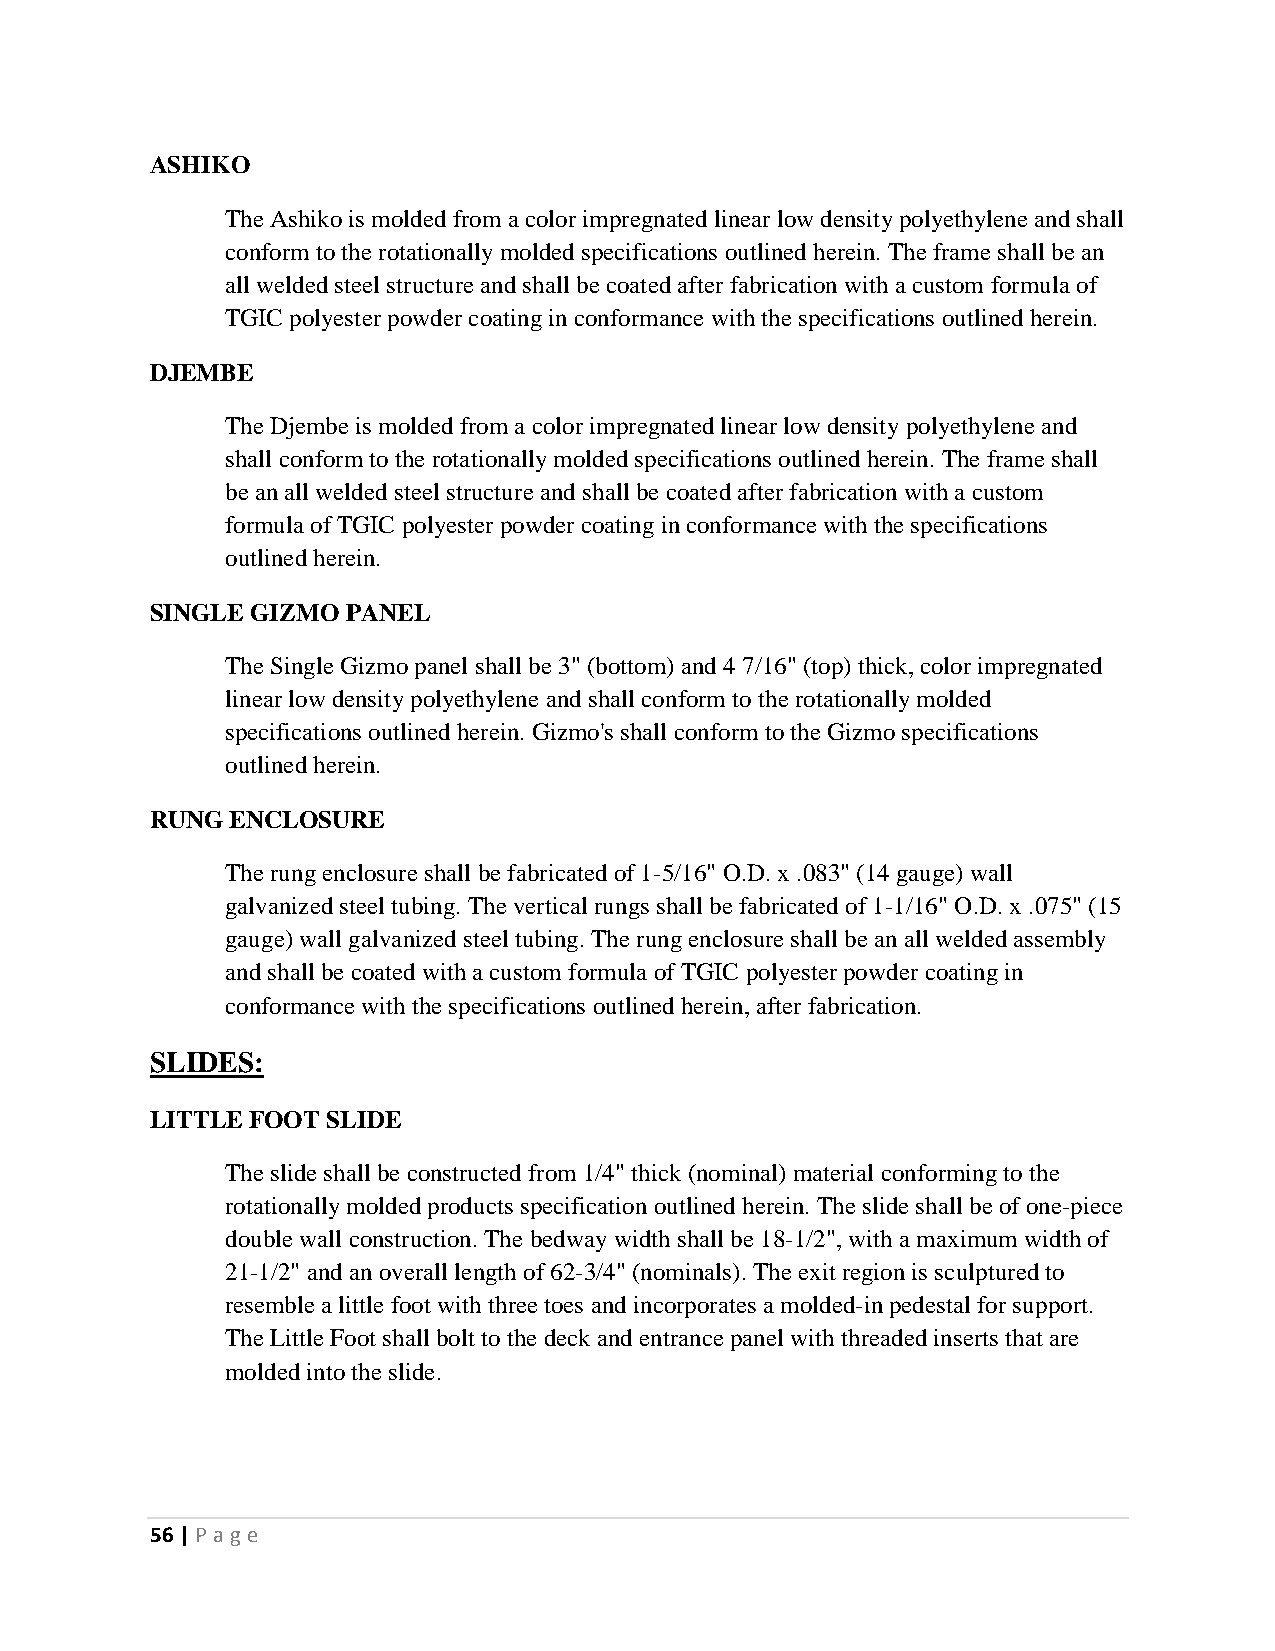
ASHIKO
 The Ashiko is molded from a color impregnated linear low density polyethylene and shall
 conform to the rotationally molded specifications outlined herein. The frame shall be an
 all welded steel structure and shall be coated after fabrication with a custom formula of
 TGIC polyester powder coating in conformance with the specifications outlined herein.
 DJEMBE
 The Djembe is molded from a color impregnated linear low density polyethylene and
 shall conform to the rotationally molded specifications outlined herein. The frame shall
 be an all welded steel structure and shall be coated after fabrication with a custom
 formula of TGIC polyester powder coating in conformance with the specifications
 outlined herein.
 SINGLE GIZMO PANEL
 The Single Gizmo panel shall be 3" (bottom) and 4 7/16" (top) thick, color impregnated
 linear low density polyethylene and shall conform to the rotationally molded
 specifications outlined herein. Gizmo's shall conform to the Gizmo specifications
 outlined herein.
 RUNG ENCLOSURE
 The rung enclosure shall be fabricated of 1-5/16" O.D. x .083" (14 gauge) wall
 galvanized steel tubing. The vertical rungs shall be fabricated of 1-1/16" O.D. x .075" (15
 gauge) wall galvanized steel tubing. The rung enclosure shall be an all welded assembly
 and shall be coated with a custom formula of TGIC polyester powder coating in
 conformance with the specifications outlined herein, after fabrication.
 SLIDES:
 LITTLE FOOT SLIDE
 The slide shall be constructed from 1/4" thick (nominal) material conforming to the
 rotationally molded products specification outlined herein. The slide shall be of one-piece
 double wall construction. The bedway width shall be 18-1/2", with a maximum width of
 21-1/2" and an overall length of 62-3/4" (nominals). The exit region is sculptured to
 resemble a little foot with three toes and incorporates a molded-in pedestal for support.
 The Little Foot shall bolt to the deck and entrance panel with threaded inserts that are
 molded into the slide.
 56 | P age